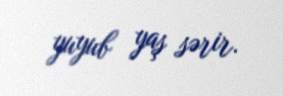
yuyub yaş sərir.